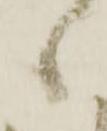
候